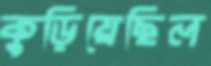
কুড়িয়েছিল